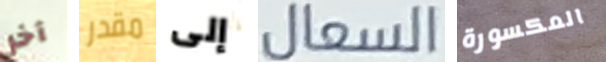
آخر مقدر إلى السعال المكسورة